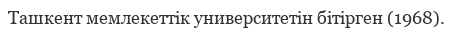
Ташкент мемлекеттік университетін бітірген (1968).